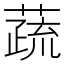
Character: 蔬